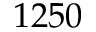
1 2 5 0